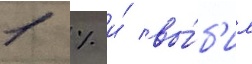
1 % и́ вы́б'ил